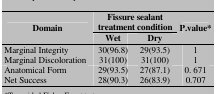
<table><thead><tr><td rowspan="2"><b>Domain</b></td><td colspan="2"><b>Fissure sealant treatment condition</b></td><td rowspan="2"><b>P.value*</b></td></tr><tr><td><b>Wet</b></td><td><b>Dry</b></td></tr></thead><tbody><tr><td> Marginal Integrity </td><td> 30(96.8) </td><td> 29(93.5) </td><td> 1 </td></tr><tr><td> Marginal Discoloration </td><td> 31(100) </td><td> 31(100) </td><td> 1 </td></tr><tr><td> Anatomical Form </td><td> 29(93.5) </td><td> 27(87.1) </td><td> 0. 671 </td></tr><tr><td> Net Success </td><td> 28(90.3) </td><td> 26(83.9) </td><td> 0.707 </td></tr></tbody></table>